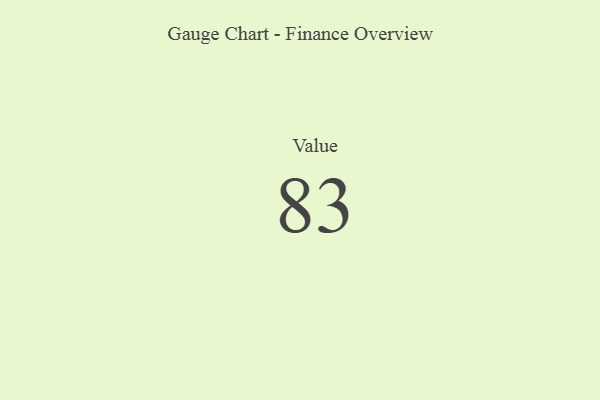
{"axis": {"x": "Metric", "y": "Value"}, "legend": [""], "data": [{"x": "Value", "y": 83, "type": ""}]}